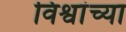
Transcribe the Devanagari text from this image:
विश्वांच्या